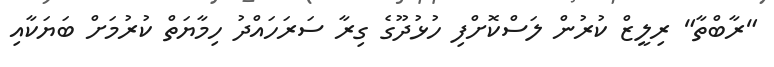
"ރާބްތާ" ރިލީޒް ކުރުން ލަސްކޮށްފި ހުޅުދޫގެ ގިރާ ސަރަހައްދު ހިމާޔަތް ކުރުމަށް ބަޔަކާއި